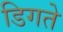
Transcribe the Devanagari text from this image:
डिगते